Voisiku_vallavalitsus, lk 691
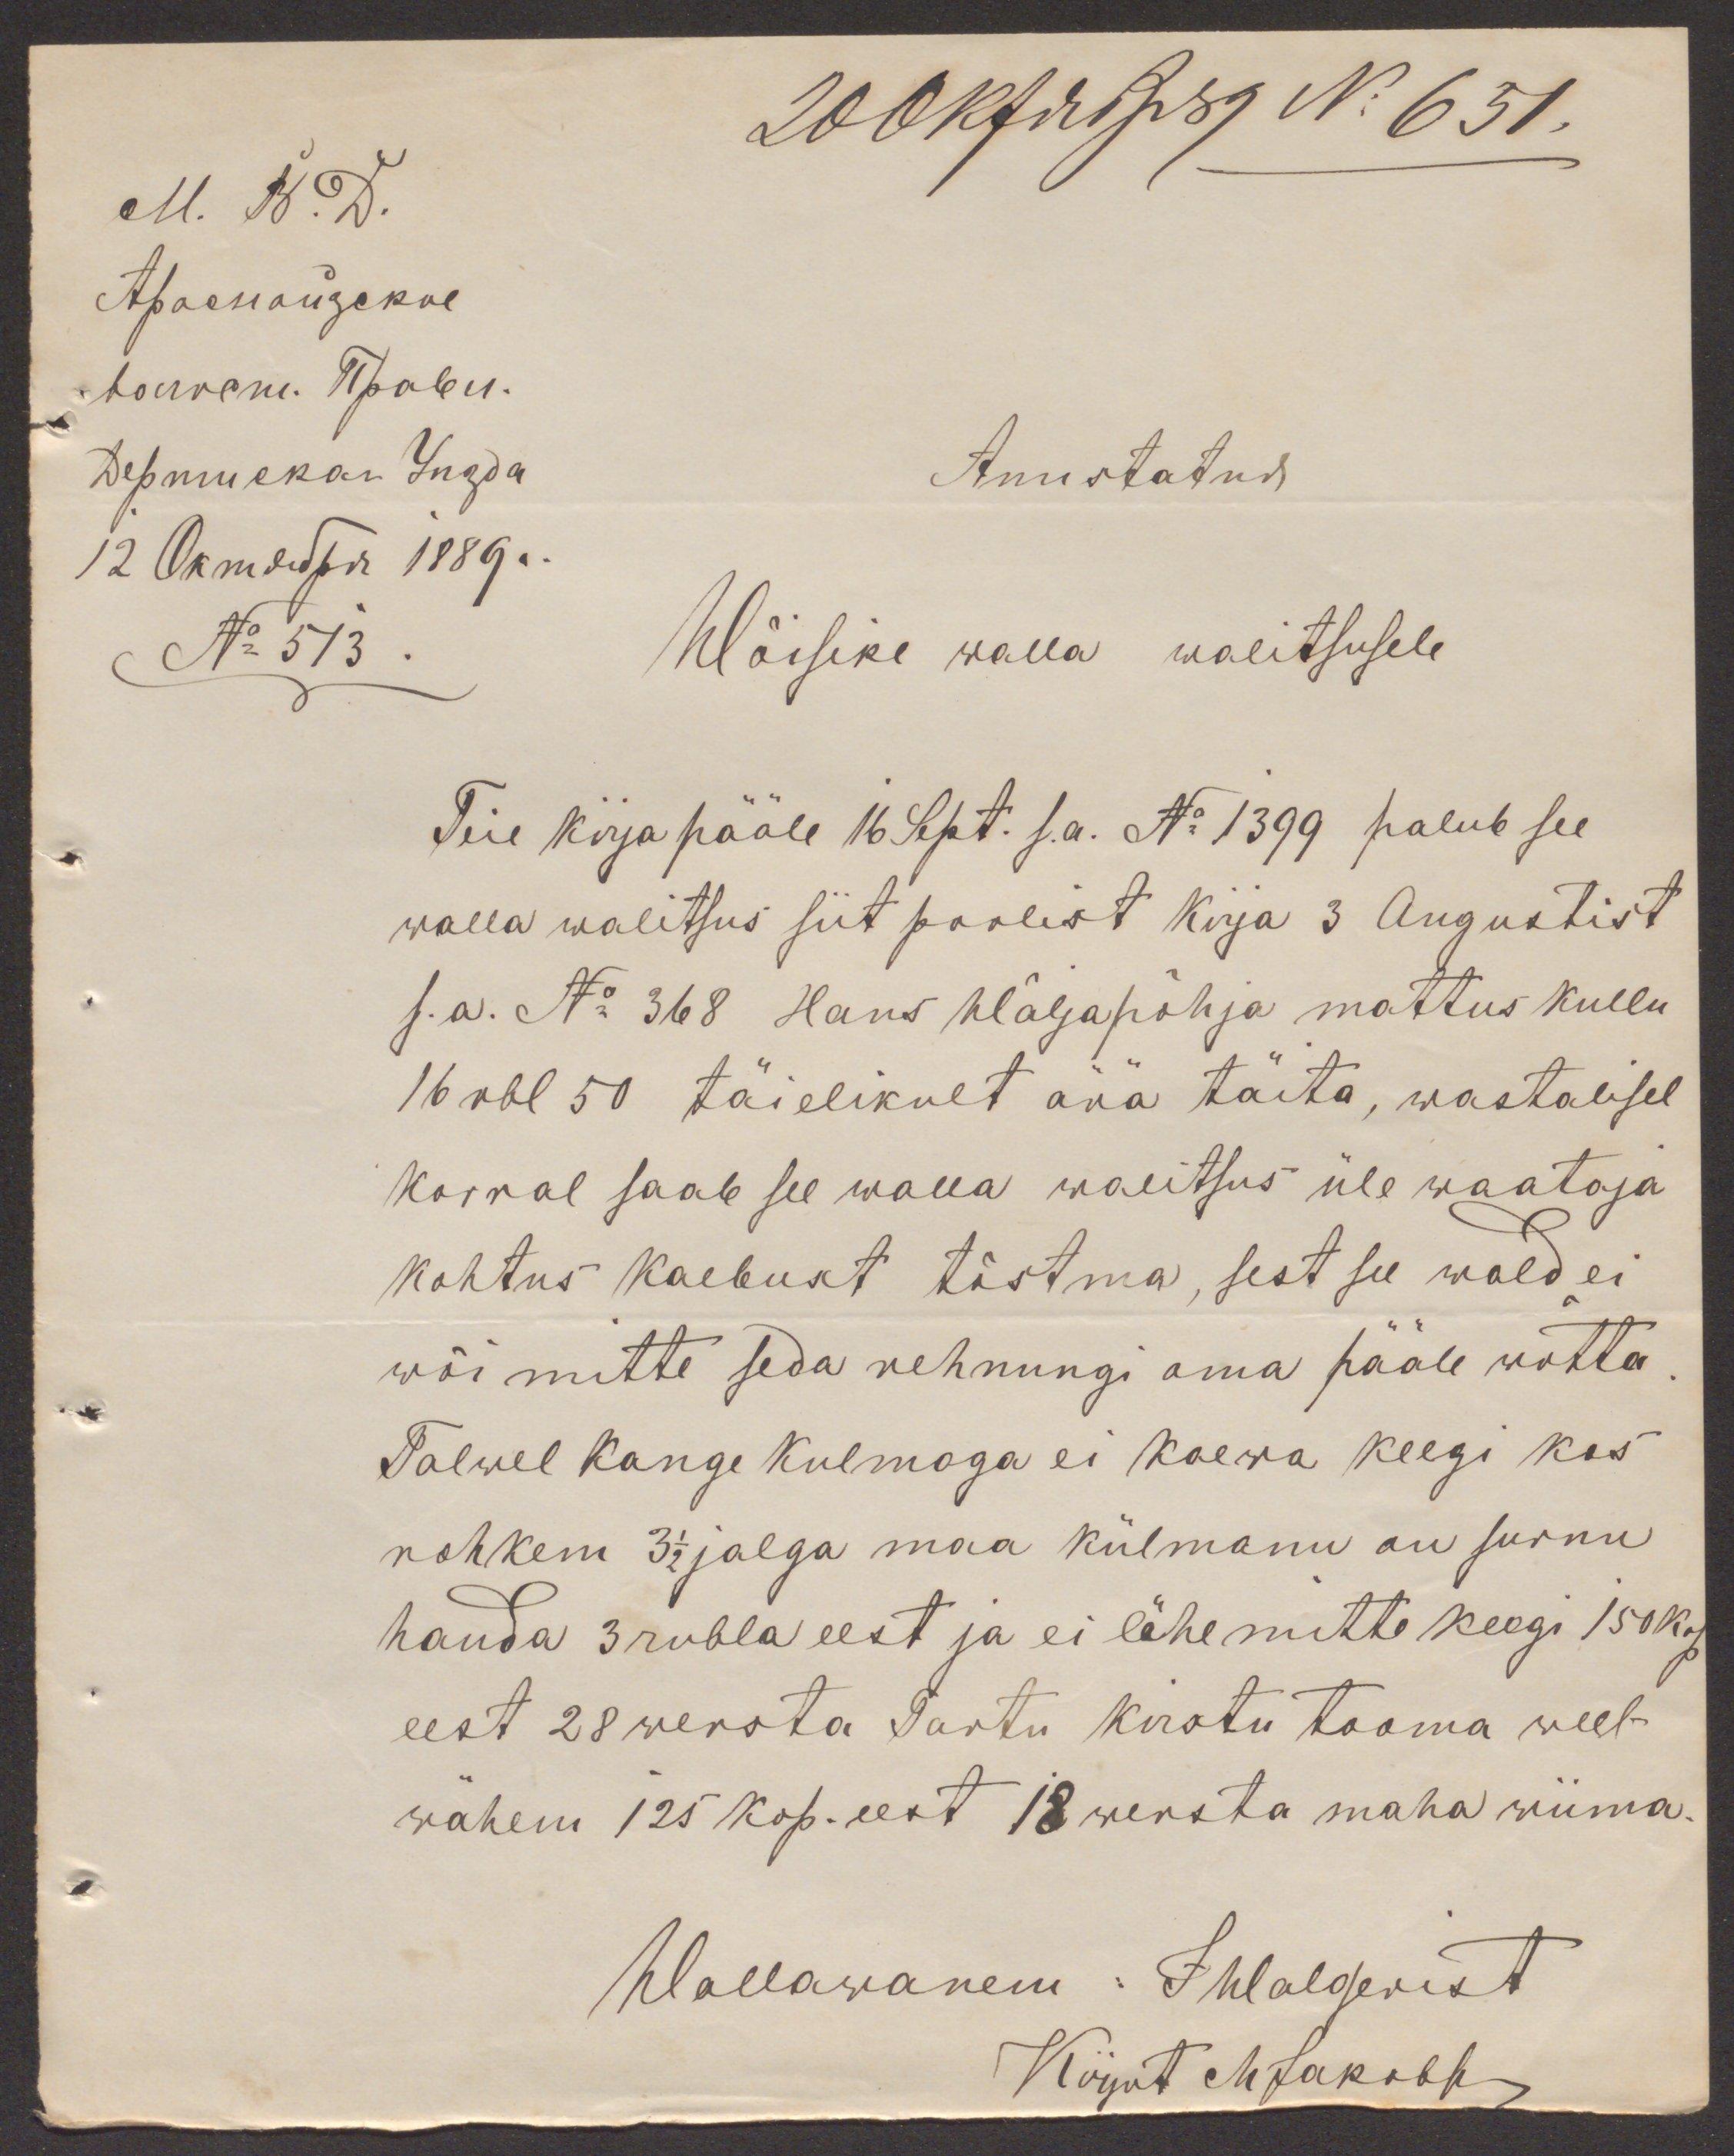
20 Oktobr 89 No 651.
Auustatud
No 513
Wõisike walla walitsusele
Teie kirja pääle 16 Sept. s.a. No 1399 palub see
walla walitsus siit poolist kirja 3 Augustist
s.a. No 368 Hans Wäljapõhja mattus kullu
16 rbl 50 täielikult ärä täita, wastalisel
korral saab see walla walitsus üle waataja
kohtus kaebust tõstma, sest see wald ei
wõi mitte seda rehnungi oma pääle wõtta.
Talwel kange kulmaga ei kaewa keegi kas
rohkem 3 1/2 jalga maa külmanu on surnu
hauda 3 rubla eest ja ei lähe mitte keegi 150 kop.
eest 28 wersta Tartu kirstu tooma weel-
wähem 125 kop. eest 18 wersta maha wiima.
Wallawanem: JWalgerist
Kirjut M Jakobs